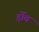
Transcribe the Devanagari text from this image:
र्होव